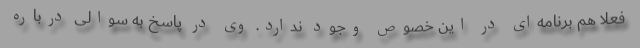
فعلاً هم برنامه‌ای در این خصوص وجود ندارد. وی در پاسخ به سوالی درباره